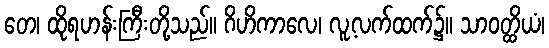
တေ၊ ထိုရဟန်းကြီးတို့သည်။ ဂိဟိကာလေ၊ လူ့လက်ထက်၌။ သာဝတ္ထိယံ၊